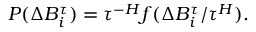
P ( \Delta B _ { i } ^ { \tau } ) = \tau ^ { - H } f ( \Delta B _ { i } ^ { \tau } / \tau ^ { H } ) .